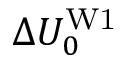
\Delta U _ { 0 } ^ { \mathrm { W 1 } }